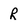
Character: R